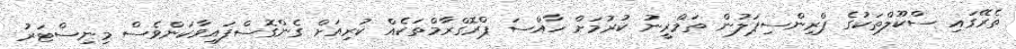
ތެރޭގައި ސްކޫލްތަކުގެ ޕްރިންސިޕަލުން ތަމްރީނު ކުރުމަށް ހާއްސަ ޕްރޮގްރާމްތަކެއް ކުރިއަށް ގެންގޮސްފައިވާކަންވެސް މިނިސްޓަރު